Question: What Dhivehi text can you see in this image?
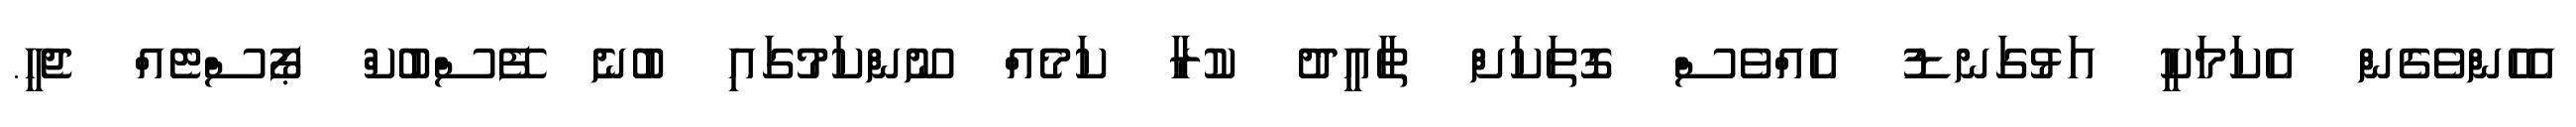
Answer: އެހެންވެގެން އެކަމަކީ އަޅުގަނޑު އެއްވެސް ގޮތަކަށް ތާއީދު ކުރާ ކަމެއް ނޫންކަމުގައި ބުނެ ފޭސްބުކް ޕޯސްޓެއް ޖެހީ.